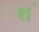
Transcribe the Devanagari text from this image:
थ॓